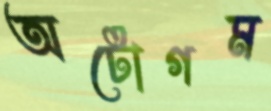
অটোগম